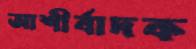
আশীর্বাদক